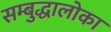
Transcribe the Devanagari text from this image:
सम्बुद्धालोका